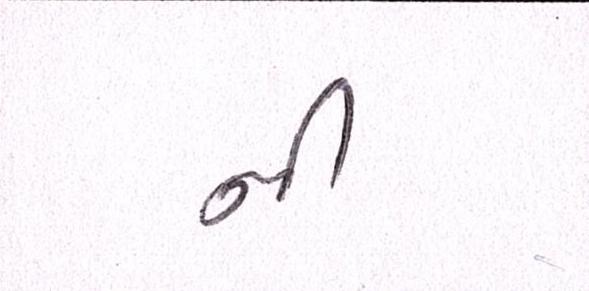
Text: નીં